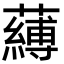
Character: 𮒴